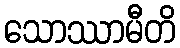
သောဿာမီတိ